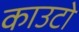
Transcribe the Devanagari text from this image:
काउटो